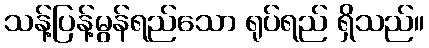
သန့်ပြန့်မွန်ရည်သော ရုပ်ရည် ရှိသည်။